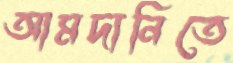
আমদানিতে